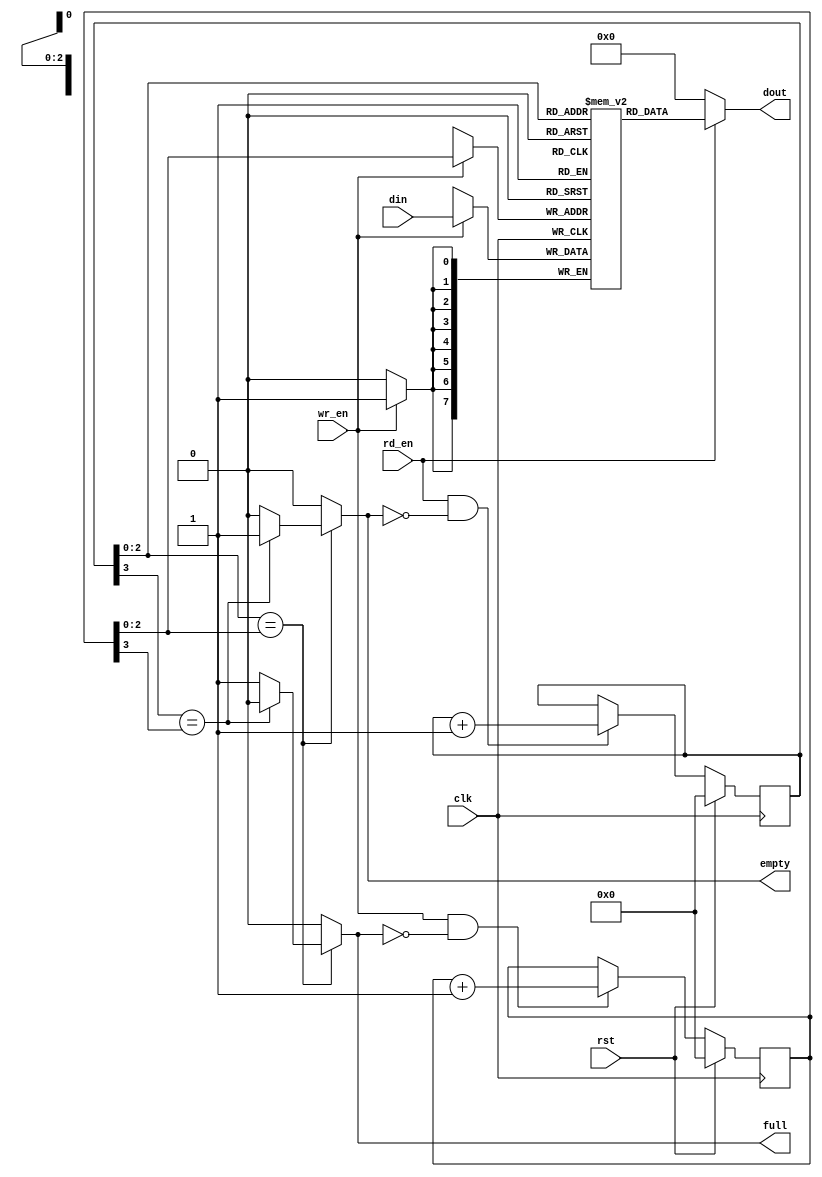

`ifndef FIFO_V
`define FIFO_V

module fifo #(
   parameter DATA_WIDTH = 8,
   parameter DEPTH      = 8
)(
   input clk,
   input rst,

   input [DATA_WIDTH-1:0]  din,
   input wr_en,
   input rd_en,
   output reg [DATA_WIDTH-1:0] dout,
   output reg full,
   output reg empty
);

   function integer log2;
      input integer n;
      begin
         log2 = 0;
         while(2**log2 < n) begin
            log2 = log2 + 1;
         end
      end
   endfunction

   parameter ADDR_WIDTH = log2(DEPTH);
   reg  [ADDR_WIDTH   : 0]  rd_ptr; // note MSB is not really address
   reg  [ADDR_WIDTH   : 0]  wr_ptr; // note MSB is not really address
   wire [ADDR_WIDTH-1 : 0]  wr_loc;
   wire [ADDR_WIDTH-1 : 0]  rd_loc;
   reg  [DATA_WIDTH-1 : 0]  mem[DEPTH-1 : 0];

   assign wr_loc = wr_ptr[ADDR_WIDTH-1 : 0];
   assign rd_loc = rd_ptr[ADDR_WIDTH-1 : 0];

   always @(posedge clk) begin
      if (rst) begin
         wr_ptr <= 'h0;
         rd_ptr <= 'h0;
      end else begin
         if (wr_en & (~full))  wr_ptr <= wr_ptr + 1;
         if (rd_en & (~empty)) rd_ptr <= rd_ptr + 1;
      end
   end

   // Empty if all the bits of rd_ptr and wr_ptr are the same.
   // Full if all bits except the MSB are equal and MSB differ.
   always @(rd_ptr or wr_ptr) begin
      //default catch-alls
      empty <= 1'b0;
      full  <= 1'b0;
      if (rd_ptr[ADDR_WIDTH-1:0] == wr_ptr[ADDR_WIDTH-1:0]) begin
         if(rd_ptr[ADDR_WIDTH] == wr_ptr[ADDR_WIDTH])
            empty <= 1'b1;
         else
            full  <= 1'b1;
      end
   end

   always @(posedge clk) begin
      if (wr_en) mem[wr_loc] <= din;
   end

   // Comment out if you want a registered dout.
   always @(*) begin
      dout = rd_en ? mem[rd_loc]:'h0;
   end
   // Uncomment if you want a registered dout.
   //always @(posedge clk) begin
   //   if (rst)
   //      dout <= 'h0;
   //   else if (rd_en)
   //      dout <= mem[rd_ptr];
   //   else
   //      dout <= dout;
   //end
endmodule

`endif